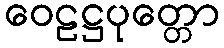
ဝေဠဋ္ဌပုတ္တော